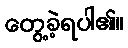
တွေ့ခဲ့ရပါ၏။